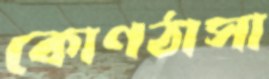
কোণঠাসা